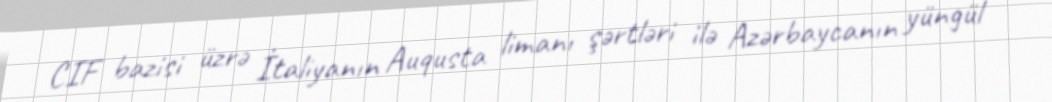
CIF bazisi üzrə İtaliyanın Auqusta limanı şərtləri ilə Azərbaycanın yüngül